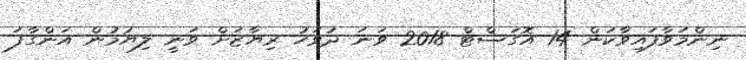
ނިންމަވާފައިވާކަން 14 އޮގަސްޓް 2018 ވަނަ ދުވަހު ރިޔާޒަށް ވަނީ ލިޔުމުން އަންގާފަ